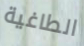
الطاغية